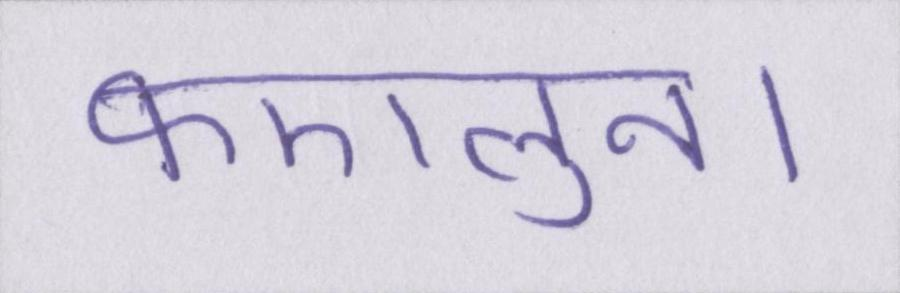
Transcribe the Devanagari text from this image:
फएलुन।